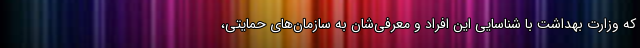
که وزارت بهداشت با شناسایی این افراد و معرفی‌شان به سازمان‌های حمایتی،